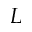
L